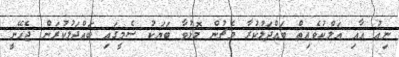
ނިއު އާއި އަލްކުވެއިތް ބައްދަލުކުރާ މެޗުން މޮޅުވާ ބަޔަކު ސެމީގައި ބައްދަލުކުރަން ޖެހޭނީ